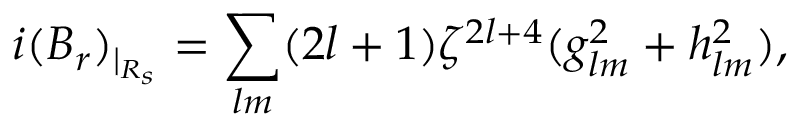
i ( B _ { r } ) _ { | _ { R _ { s } } } = \sum _ { l m } ( 2 l + 1 ) \zeta ^ { 2 l + 4 } ( g _ { l m } ^ { 2 } + h _ { l m } ^ { 2 } ) ,